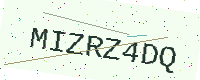
Text: MIZRZ4DQ